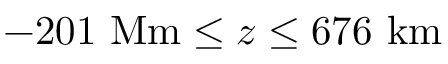
- 2 0 1 \ \mathrm { M m } \leq z \leq 6 7 6 \ \mathrm { k m }